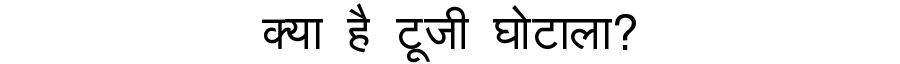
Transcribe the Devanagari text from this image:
क्या है टूजी घोटाला?